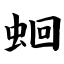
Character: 蛔